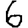
Digit: 6